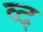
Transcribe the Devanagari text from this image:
व्द